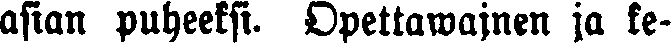
asian puheeksi. Opettawainen ja ke-